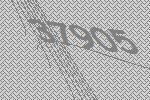
37905